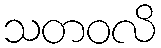
သတဝလိ